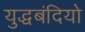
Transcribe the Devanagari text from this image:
युद्धबंदियो